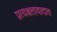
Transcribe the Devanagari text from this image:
प्रत्यक्षतावादात